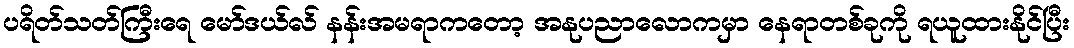
ပရိတ်သတ်ကြီးရေ မော်ဒယ်လ် နန်းအမရာကတော့ အနုပညာလောကမှာ နေရာတစ်ခုကို ရယူထားနိုင်ပြီး